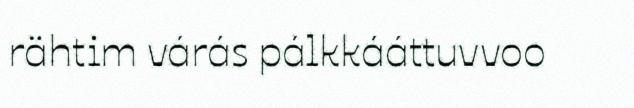
rähtim várás pálkkááttuvvoo